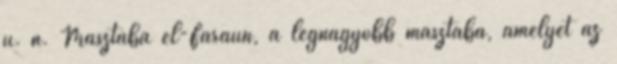
u. n. Masztaba el-Faraún, a legnagyobb masztaba, amelyet az